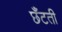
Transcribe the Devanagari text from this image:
छँटती